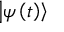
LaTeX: \left| \psi \left( t \right) \right\rangle